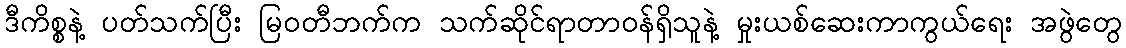
ဒီကိစ္စနဲ့ ပတ်သက်ပြီး မြဝတီဘက်က သက်ဆိုင်ရာတာဝန်ရှိသူနဲ့ မှုးယစ်ဆေးကာကွယ်ရေး အဖွဲတွေ